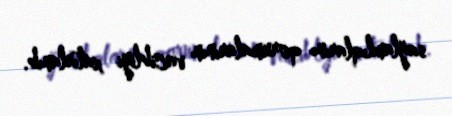
sağlamlıqlarını qorumalarının vacibliyi xatırlanıb.